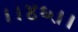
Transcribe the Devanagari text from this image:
।।४६।।